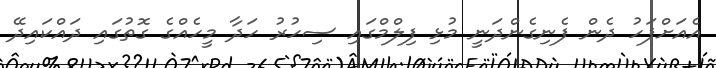
އެއަށްފަހު ދެން ފެނިގެންދަނީ މުޅި ފިލްމްގައި ސިހުރު ހަދާ މީހެއްގެ ގޮތުގައި ދައްކައިދޭ